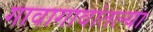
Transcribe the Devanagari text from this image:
गावागावांतल्या